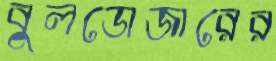
বুলডোজারের